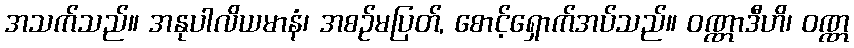
အသက်သည်။ အနုပါလိယမာနံ၊ အစဉ်မပြတ်, စောင့်ရှောက်အပ်သည်။ ဝဏ္ဏာဒီဟိ၊ ဝဏ္ဏ